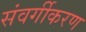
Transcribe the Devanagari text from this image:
संवर्गीकरण